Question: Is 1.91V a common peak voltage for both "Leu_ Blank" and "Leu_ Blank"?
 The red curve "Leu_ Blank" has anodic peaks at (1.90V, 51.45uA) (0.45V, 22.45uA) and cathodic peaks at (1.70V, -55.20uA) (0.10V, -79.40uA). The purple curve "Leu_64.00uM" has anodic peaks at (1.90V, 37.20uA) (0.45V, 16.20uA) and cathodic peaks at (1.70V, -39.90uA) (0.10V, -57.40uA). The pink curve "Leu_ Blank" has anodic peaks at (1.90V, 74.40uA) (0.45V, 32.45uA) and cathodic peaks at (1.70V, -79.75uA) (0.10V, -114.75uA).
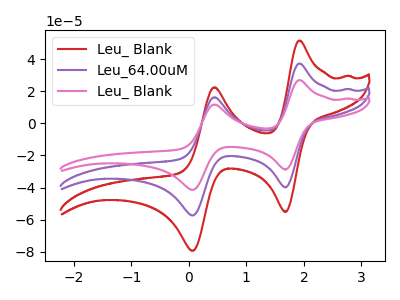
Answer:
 <answer>Yes, "Leu_ Blank" and "Leu_ Blank" share a peak at 1.91V.</answer>
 <eval>match</eval>